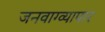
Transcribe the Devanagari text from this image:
जनवाग्व्यापार